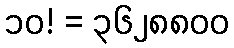
၁၀! = ၃၆၂၈၈၀၀